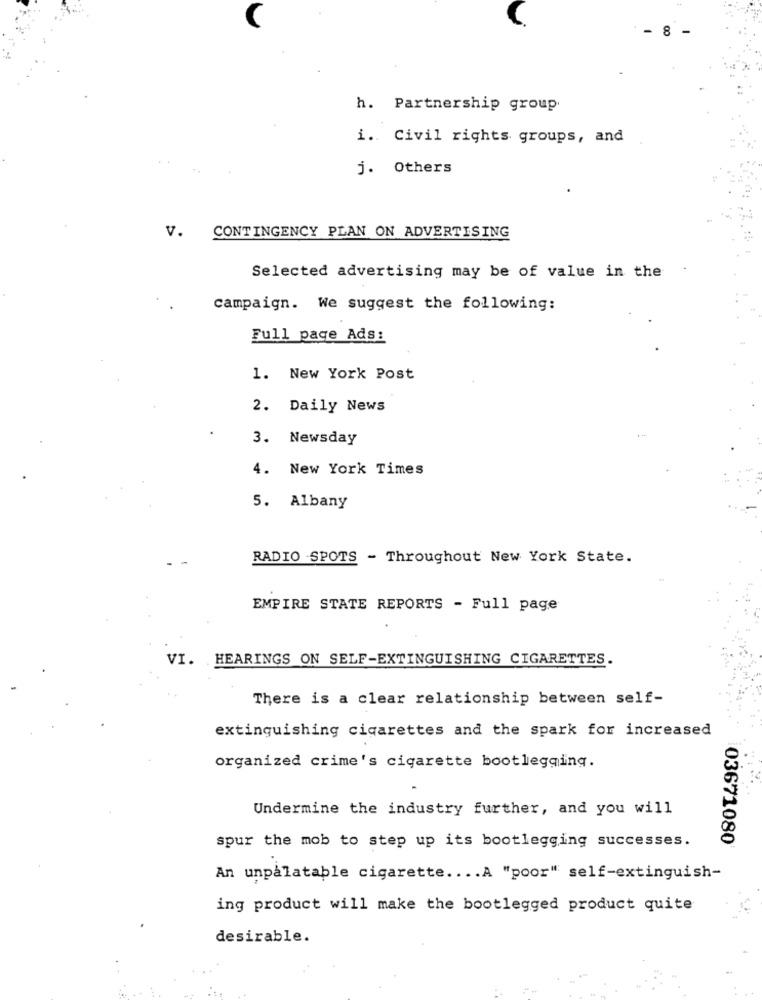
h. Partnership group.
i. Civil rights groups, and
j. Others
v.
CONTINGENCY PLAN ON ADVERTISING
Selected advertising may be of value in the
campaign. We suggest the following:
Full page Ads:
1. New York Post
2. Daily News
3. Newsday
4. New York Times
5. Albany
RADIO SPOTS - Throughout New York State.
EMPIRE STATE REPORTS - Full page
VI. HEARINGS ON SELF-EXTINGUISHING CIGARETTES.
There is a clear relationship between self-
extinguishing cigarettes and the spark for increased
organized crime's cigarette bootlegging.
Undermine the industry further, and you will
spur the mob to step up its bootlegging successes.
03671080
An unpalatable cigarette .... A "poor" self-extinguish-
ing product will make the bootlegged product quite
desirable.